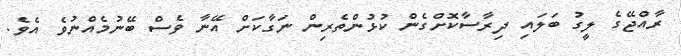
ރާއްޖޭގެ ލީގު ބަލައި ދިރާސާކޮށްގެން ކުޅުންތެރިން ނަގާކަށް އޭނާ ވެސް ބޭނުމެއްނުވެ އެވެ.